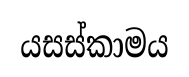
යසස්කාමය